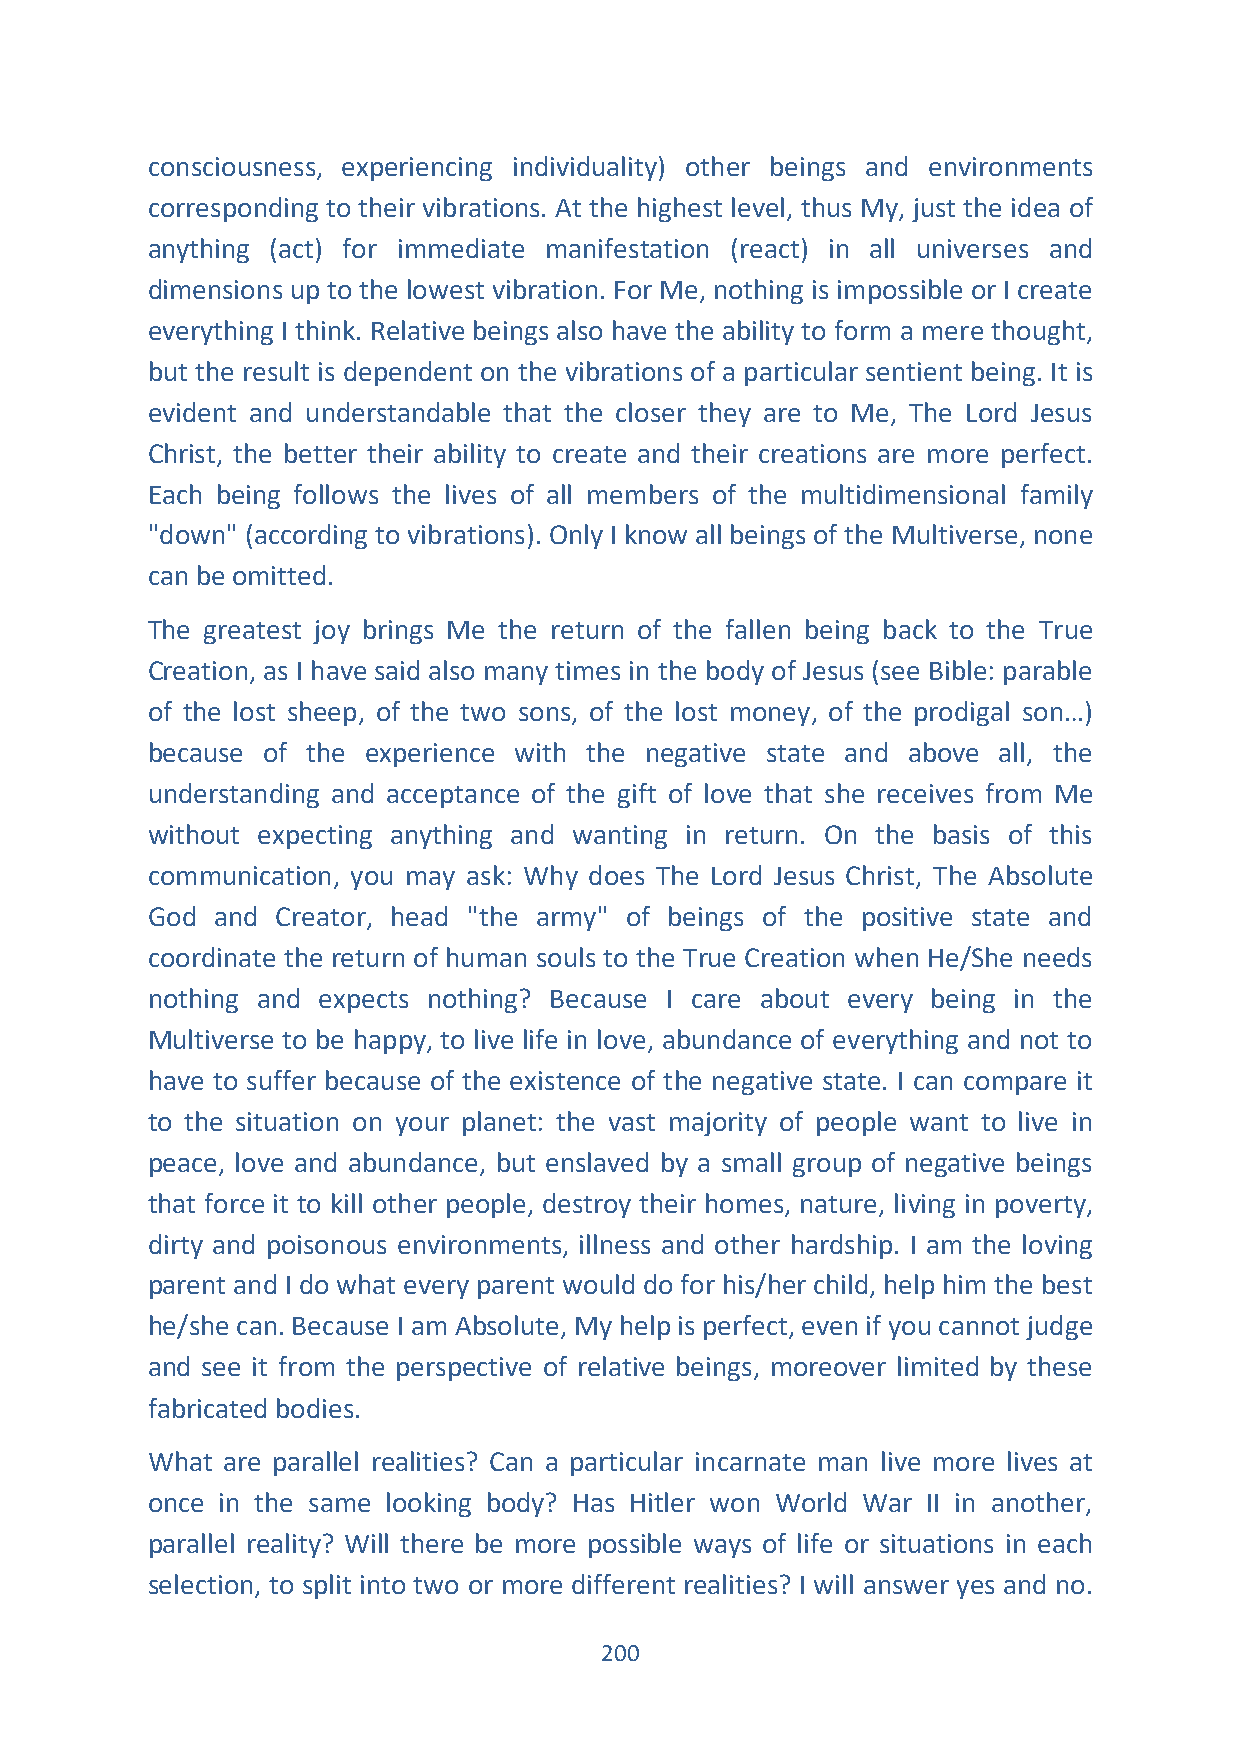
consciousness, experiencing individuality) other beings and environments
 corresponding to their vibrations. At the highest level, thus My, just the idea of
 anything (act) for immediate manifestation (react) in all universes and
 dimensions up to the lowest vibration. For Me, nothing is impossible or I create
 everything I think. Relative beings also have the ability to form a mere thought,
 but the result is dependent on the vibrations of a particular sentient being. It is
 evident and understandable that the closer they are to Me, The Lord Jesus
 Christ, the better their ability to create and their creations are more perfect.
 Each being follows the lives of all members of the multidimensional family
 "down" (according to vibrations). Only I know all beings of the Multiverse, none
 can be omitted.
 The greatest joy brings Me the return of the fallen being back to the True
 Creation, as I have said also many times in the body of Jesus (see Bible: parable
 of the lost sheep, of the two sons, of the lost money, of the prodigal son…)
 because of the experience with the negative state and above all, the
 understanding and acceptance of the gift of love that she receives from Me
 without expecting anything and wanting in return. On the basis of this
 communication, you may ask: Why does The Lord Jesus Christ, The Absolute
 God and Creator, head "the army" of beings of the positive state and
 coordinate the return of human souls to the True Creation when He/She needs
 nothing and expects nothing? Because I care about every being in the
 Multiverse to be happy, to live life in love, abundance of everything and not to
 have to suffer because of the existence of the negative state. I can compare it
 to the situation on your planet: the vast majority of people want to live in
 peace, love and abundance, but enslaved by a small group of negative beings
 that force it to kill other people, destroy their homes, nature, living in poverty,
 dirty and poisonous environments, illness and other hardship. I am the loving
 parent and I do what every parent would do for his/her child, help him the best
 he/she can. Because I am Absolute, My help is perfect, even if you cannot judge
 and see it from the perspective of relative beings, moreover limited by these
 fabricated bodies.
 What are parallel realities? Can a particular incarnate man live more lives at
 once in the same looking body? Has Hitler won World War II in another,
 parallel reality? Will there be more possible ways of life or situations in each
 selection, to split into two or more different realities? I will answer yes and no.
 200